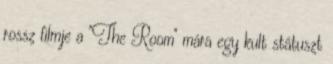
rossz filmje a "The Room" mára egy kult státuszt